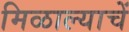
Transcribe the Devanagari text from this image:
मिळाल्याचें